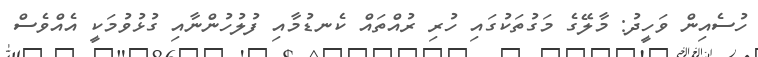
ހުސެއިން ވަހީދު: މާލޭގެ މަގުތަކުގައި ހުރި ރުއްތައް ކެނޑުމާއި ފުލުހުންނާއި ގުޅުވުމަކީ އެއްވެސް